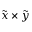
\tilde { x } \times \tilde { y }